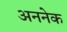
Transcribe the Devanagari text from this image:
अननेक